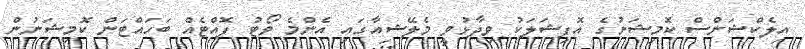
އިލެކްޝަންސް ކޮމިޝަނުގެ އޮފިޝަލަކު ވިދާޅުވީ މެލޭޝިއާގައި އެންމެ ވޯޓު ފޮއްޓެއް ބަހައްޓަން ކޮމިޝަނުން